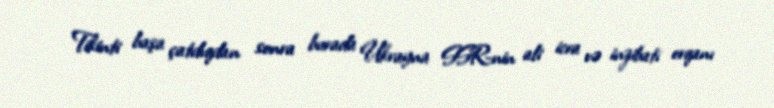
Tikinti başa çatdıqdan sonra burada Ukrayna SSR-nin ali icra və inzibati orqanı